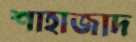
শাহাজাদ